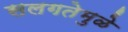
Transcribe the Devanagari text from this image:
सलगतेमुळे